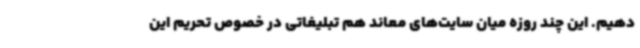
دهیم. این چند روزه میان سایت‌های معاند هم تبلیغاتی در خصوص تحریم این